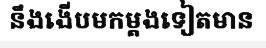
នឹងងើបមកម្តងទៀតមាន